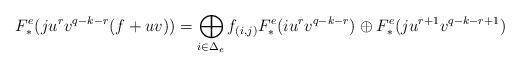
LaTeX: \begin{align*} F_*^e( ju^{r}v^{q-k-r}(f+uv))= \bigoplus_{i\in\Delta_e}f_{(i,j)}F_*^e(iu^{r}v^{q-k-r}) \oplus F_*^e(ju^{r+1}v^{q-k-r+1})\end{align*}